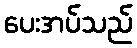
ပေးအပ်သည်